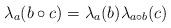
LaTeX: \begin{align*}\lambda_a(b\circ c)=\lambda_a(b)\lambda_{a\circ b}(c)\end{align*}